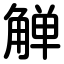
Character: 觯